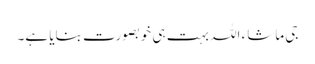
جی ماشاء اللہ بہت ہی خوبصورت بنایا ہے۔